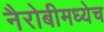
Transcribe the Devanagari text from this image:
नैरोबीमध्येच